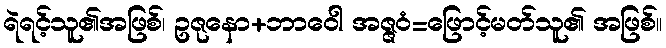
ရဲရင့်သူ၏အဖြစ်၊ ဥဇုနော+ဘာဝေါ အဇ္ဇဝံ=ဖြောင့်မတ်သူ၏ အဖြစ်။